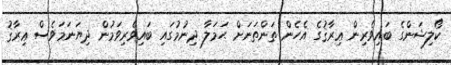
ކޯލިޝަންގެ ބައިވެރިން ޢިރާޤުގެ އެހެން ތަންތަނަށް ޙަމަލާ ދިނުމުގައި ބައިވެރިވަމުން ދިޔަނަމަވެސް ޢިރާޤު